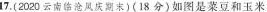
17.(2020云南临沧凤庆期末)(18分)如图是菜豆和玉米